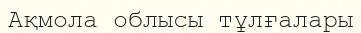
Ақмола облысы тұлғалары